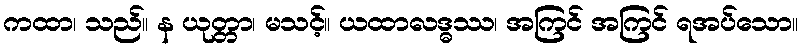
ကထာ၊ သည်။ န ယုတ္တာ၊ မသင့်။ ယထာလဒ္ဓဿ၊ အကြင် အကြင် ရအပ်သော။